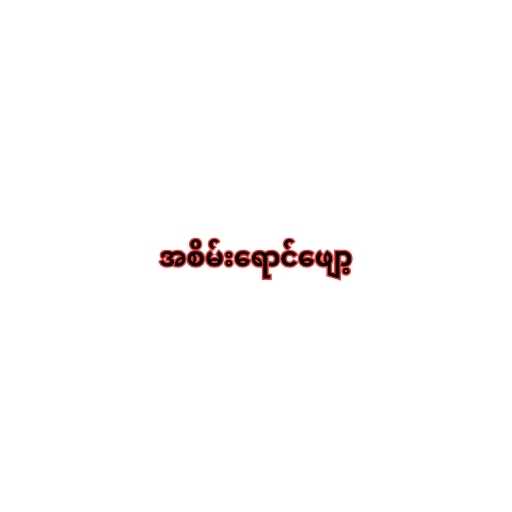
အစိမ်းရောင်ဖျော့